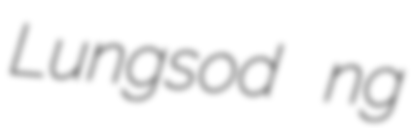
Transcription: Lungsod ng